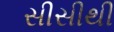
સીસીથી